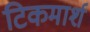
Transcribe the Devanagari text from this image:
टिकमार्श